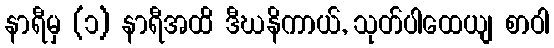
နာရီမှ (၁) နာရီအထိ ဒီဃနိကာယ်, သုတ်ပါထေယျ စာဝါ